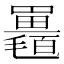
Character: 𣰱